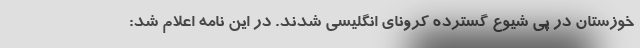
خوزستان در پی شیوع گسترده کرونای انگلیسی شدند. در این نامه اعلام شد: